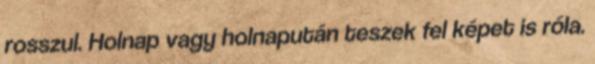
rosszul. Holnap vagy holnapután teszek fel képet is róla.